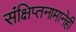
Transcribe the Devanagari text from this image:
संक्षिप्तनामानेही